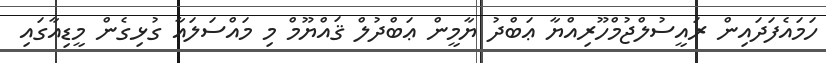
ހަމައެފަދައިން ރައީސުލްޖުމްހޫރިއްޔާ ޢަބްދު ޔާމީން ޢަބްދުލް ޤައްޔޫމް މި މައްސަލައާ ގުޅިގެން މީޑިއާގައި